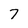
Character: 7